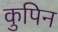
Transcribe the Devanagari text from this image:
कुपिन